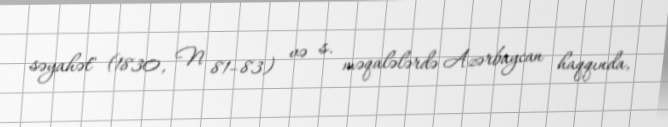
səyahət" (1830, N 81–83) və s. məqalələrdə Azərbaycan haqqında,